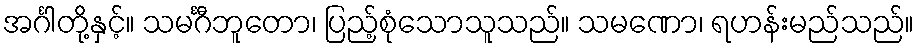
အင်္ဂါတို့နှင့်။ သမင်္ဂီဘူတော၊ ပြည့်စုံသောသူသည်။ သမဏော၊ ရဟန်းမည်သည်။